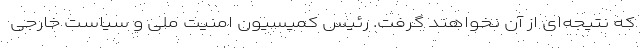
که نتیجه‌ای از آن نخواهند گرفت. رئیس کمیسیون امنیت ملی و سیاست خارجی